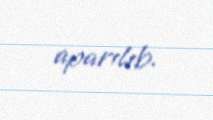
aparılıb.